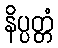
နိပ္ပတ္တံ